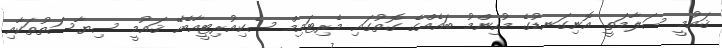
ޤައުމީ ސަލާމަތީ އޮނިގަނޑުގެ މުހިންމު ބައެއްގެ ގޮތުގައި މެރިޓައިމް ސެކިއުރިޓީއާބެހޭ ޤައުމީ ސިޔާސަތުތަކާއި